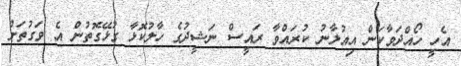
އެހީ ހޯއްދަވާކަން އިއުލާނު ކުރައްވާ ރައީސް ނަޝީދުގެ ހާލުކޮޅާ ގުޅޭގޮތުން އެ ވަގުތަށް